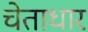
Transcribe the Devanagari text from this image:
चेताधार